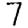
Digit: 7